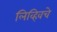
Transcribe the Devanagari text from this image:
लिव्हिवचे